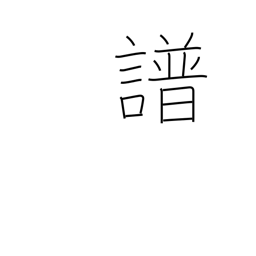
Meaning: music